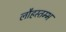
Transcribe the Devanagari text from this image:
लौहस्तम्भ